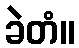
ခဲတံ။